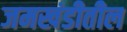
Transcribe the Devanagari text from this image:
जमखंडीतील